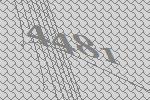
4481